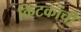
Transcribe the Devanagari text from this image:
किटकांची